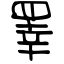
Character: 睪